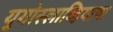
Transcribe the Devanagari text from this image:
युगोस्लाव्हियाचा